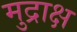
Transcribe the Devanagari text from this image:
मुद्राक्ष